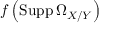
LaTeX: f \left( \operatorname { S u p p } \Omega _ { X / Y } \right)